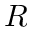
R